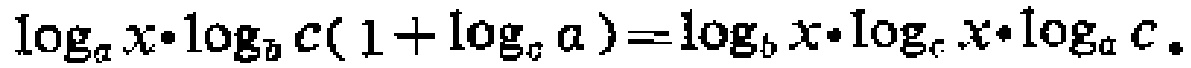
\(\log_{a}x\cdot\log_{b}c(1 + \log_{c}a)=\log_{b}x\cdot\log_{c}x\cdot\log_{a}c\)